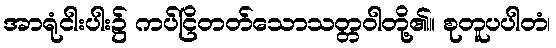
အာရုံငါးပါး၌ ကပ်ငြိတတ်သောသတ္တဝါတို့၏။ စုတူပပါတံ၊